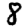
Digit: 8